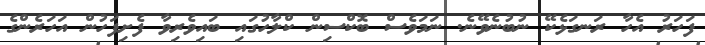
ފަހަރު އެހާ ރަނގަޅެކޭ ނުބުނެވޭނެ. ނަމަވެސް ބޮކްސިން ކްލާހުގައި ބައިވެރިވާ ފެށިފަހުން އަހަރެންގެ